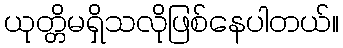
ယုတ္တိမရှိသလိုဖြစ်နေပါတယ်။